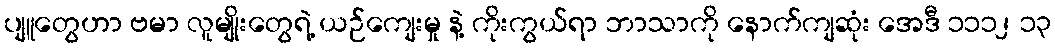
ပျူတွေဟာ ဗမာ လူမျိုးတွေရဲ့ ယဉ်ကျေးမှု နဲ့ ကိုးကွယ်ရာ ဘာသာကို နောက်ကျဆုံး အေဒီ ၁၁၁၂ ၁၃